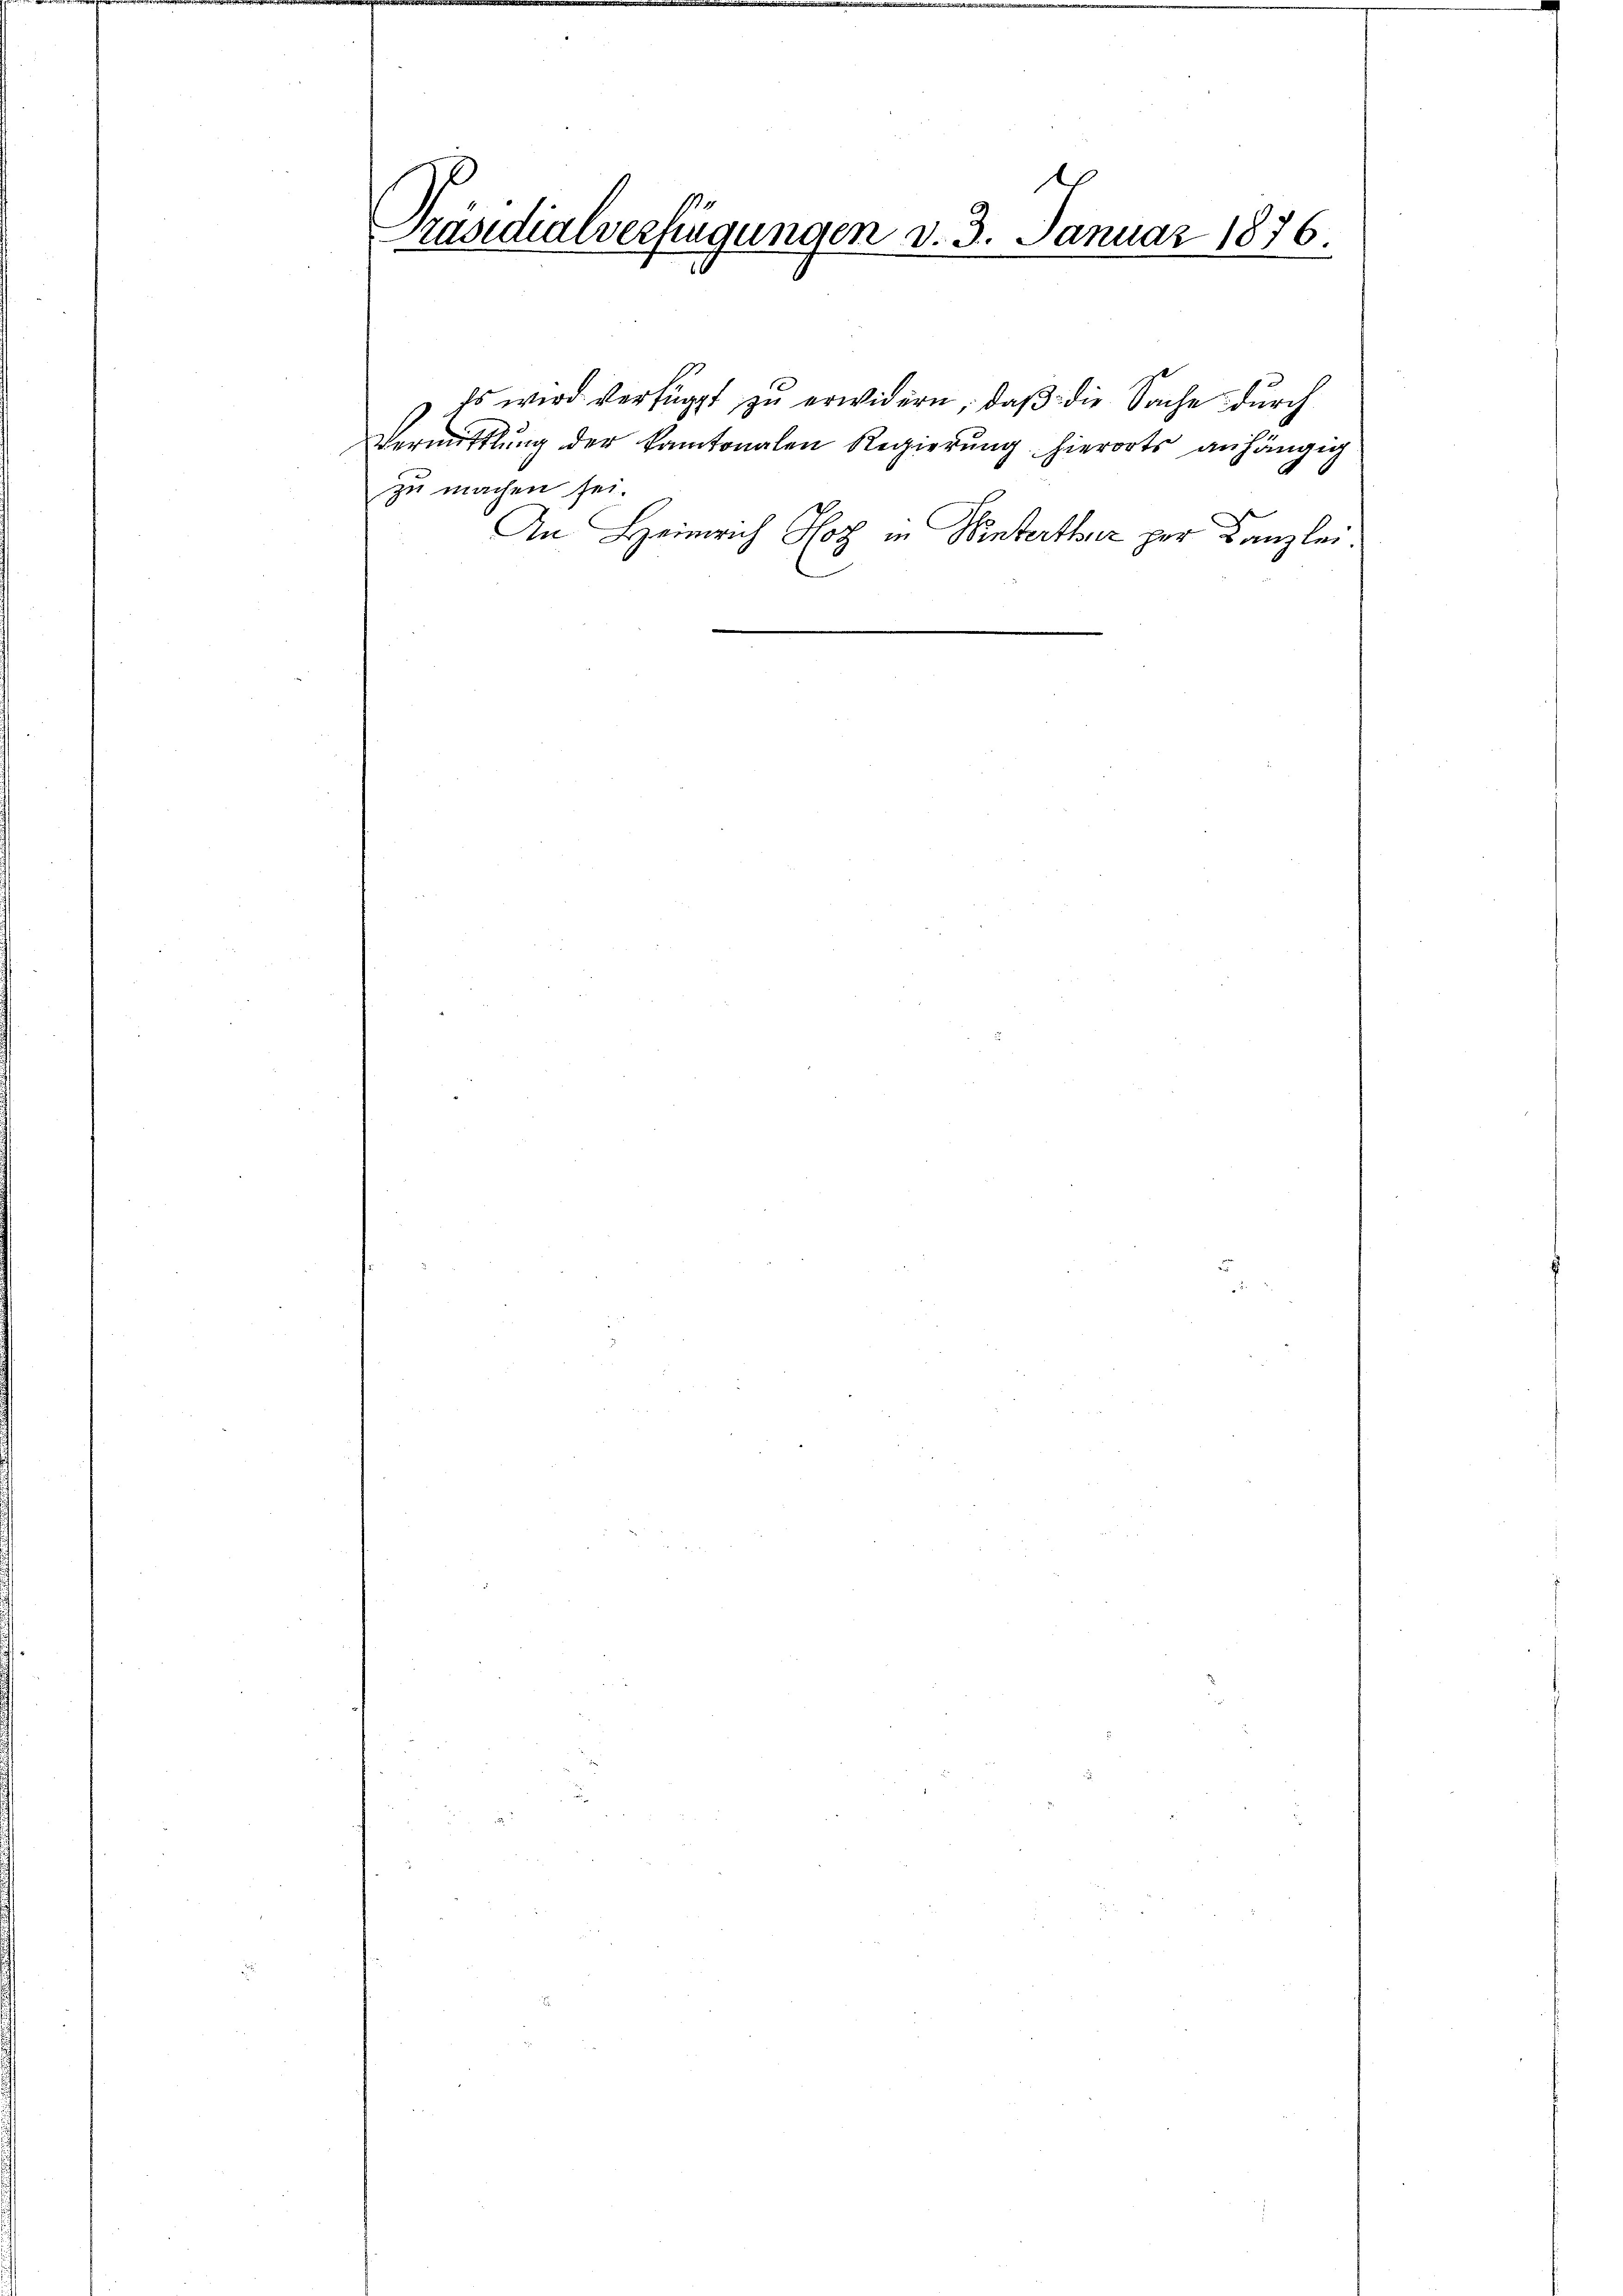
d
Präsidialverfügungen d. 3. Januar 1876.

zu machen sei.

Es wird verfügt zŭ erwidern, daβ die Sache durch
Vermittlung der kantonalen Regierung hierorts anhängig
An Heinrich Hotz in Winterthur per Kanzlei.